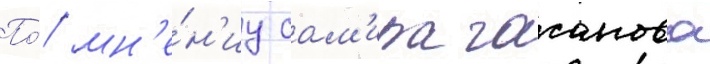
По́ мн'е́н'иу сам'ира гасанова